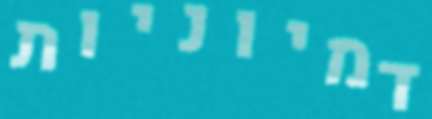
דמיוניות